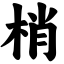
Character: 梢